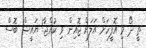
ތީ ދޯ މި އޮފީހަށް އަލަށް ޖޮއިން ވި ކުއްޖާ! ޔައީޝް ބޮސް